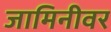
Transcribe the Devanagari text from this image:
जामिनीवर